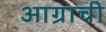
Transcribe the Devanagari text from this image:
आग्राची